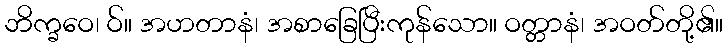
ဘိက္ခဝေ၊ ဝ်။ အဟတာနံ၊ အစာခြေပြီးကုန်သော။ ဝတ္တာနံ၊ အဝတ်တို့၏။